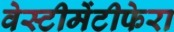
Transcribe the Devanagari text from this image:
वेस्टीमेंटीफेरा